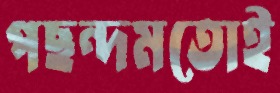
পছন্দমতোই